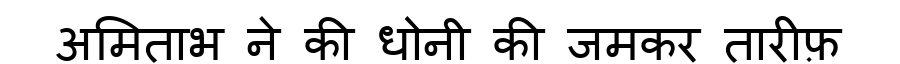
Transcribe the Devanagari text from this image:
अमिताभ ने की धोनी की जमकर तारीफ़